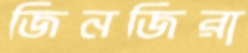
জিনজিরা